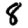
Digit: 8